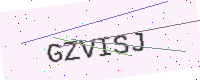
Text: GZVISJ